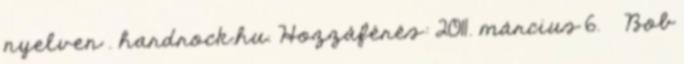
nyelven . hardrock.hu. Hozzáférés: 2011. március 6. ↑ Bob